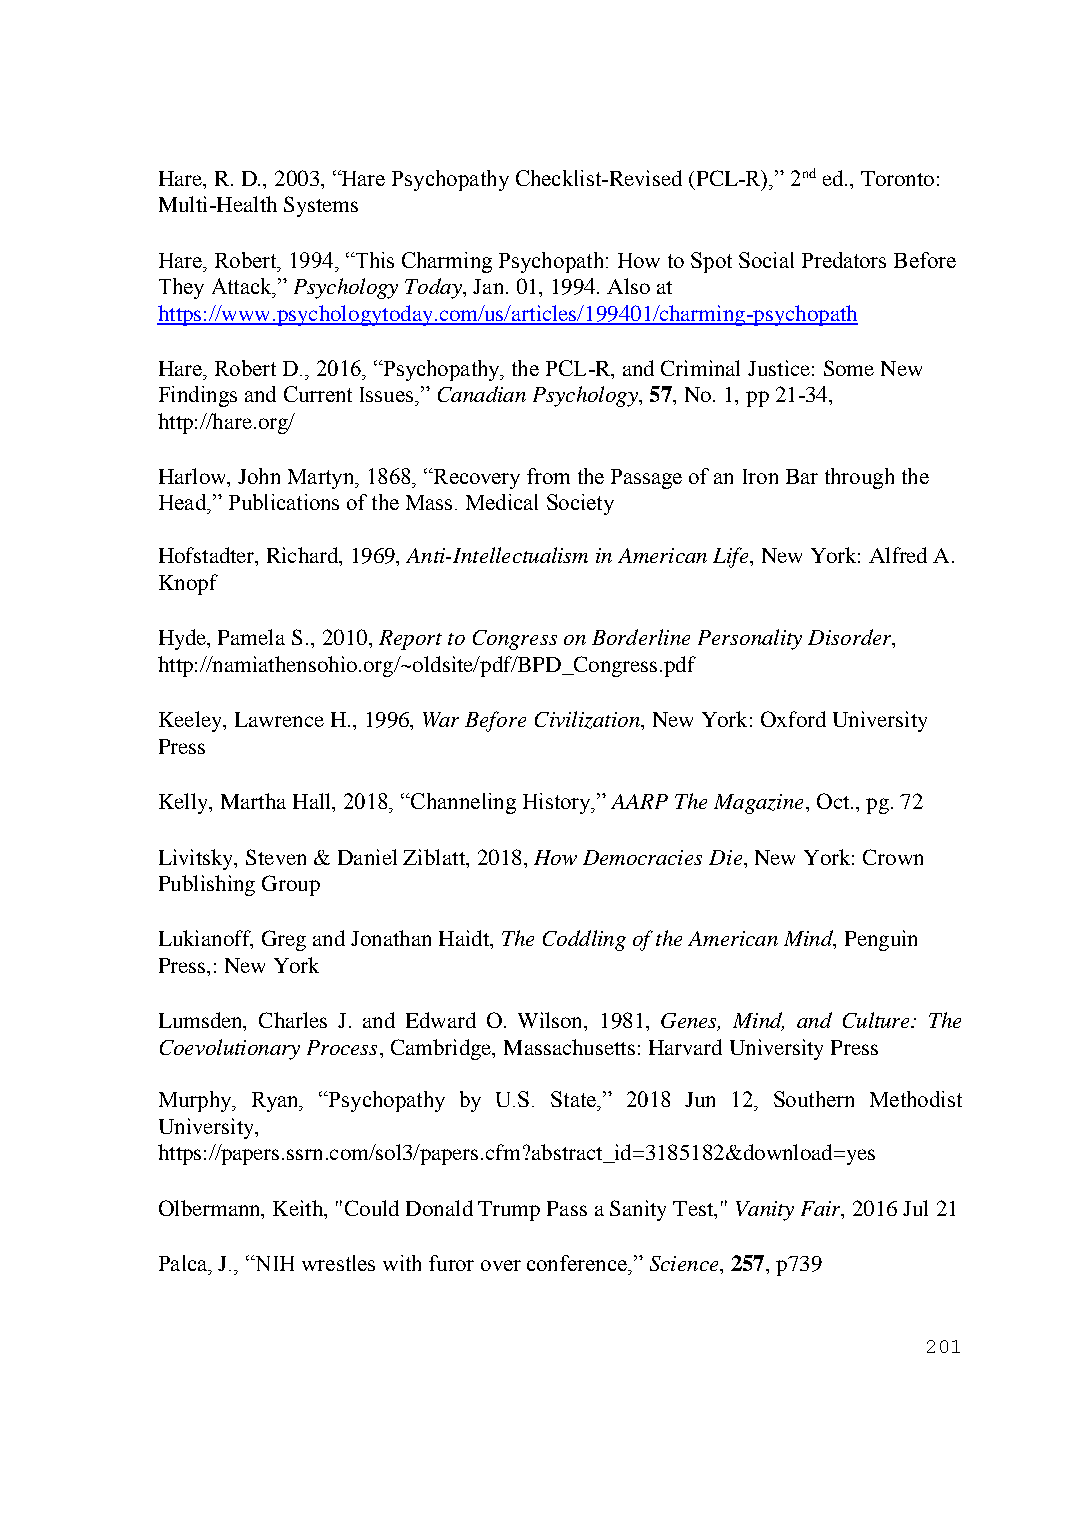
Hare, R. D., 2003, “Hare Psychopathy Checklist-Revised (PCL-R),” 2nd ed., Toronto:
 Multi-Health Systems
 Hare, Robert, 1994, “This Charming Psychopath: How to Spot Social Predators Before
 They Attack,” Psychology Today, Jan. 01, 1994. Also at
 https://www.psychologytoday.com/us/articles/199401/charming-psychopath
 Hare, Robert D., 2016, “Psychopathy, the PCL-R, and Criminal Justice: Some New
 Findings and Current Issues,” Canadian Psychology, 57, No. 1, pp 21-34,
 http://hare.org/
 Harlow, John Martyn, 1868, “Recovery from the Passage of an Iron Bar through the
 Head,” Publications of the Mass. Medical Society
 Hofstadter, Richard, 1969, Anti-Intellectualism in American Life, New York: Alfred A.
 Knopf
 Hyde, Pamela S., 2010, Report to Congress on Borderline Personality Disorder,
 http://namiathensohio.org/~oldsite/pdf/BPD_Congress.pdf
 Keeley, Lawrence H., 1996, War Before Civilization, New York: Oxford University
 Press
 Kelly, Martha Hall, 2018, “Channeling History,” AARP The Magazine, Oct., pg. 72
 Livitsky, Steven & Daniel Ziblatt, 2018, How Democracies Die, New York: Crown
 Publishing Group
 Lukianoff, Greg and Jonathan Haidt, The Coddling of the American Mind, Penguin
 Press,: New York
 Lumsden, Charles J. and Edward O. Wilson, 1981, Genes, Mind, and Culture: The
 Coevolutionary Process, Cambridge, Massachusetts: Harvard University Press
 Murphy, Ryan, “Psychopathy by U.S. State,” 2018 Jun 12, Southern Methodist
 University,
 https://papers.ssrn.com/sol3/papers.cfm?abstract_id=3185182&download=yes
 Olbermann, Keith, "Could Donald Trump Pass a Sanity Test," Vanity Fair, 2016 Jul 21
 Palca, J., “NIH wrestles with furor over conference,” Science, 257, p739
 201